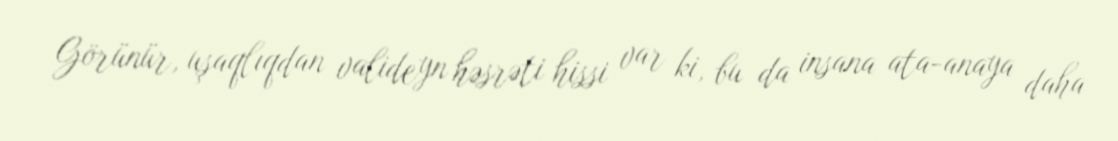
Görünür, uşaqlıqdan valideyn həsrəti hissi var ki, bu da insana ata-anaya daha